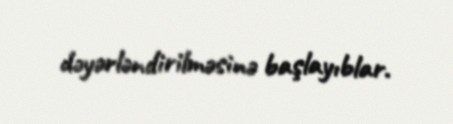
dəyərləndirilməsinə başlayıblar.